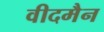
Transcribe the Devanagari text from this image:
वीदमैन